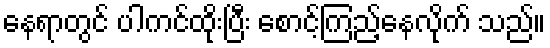
နေရာတွင် ပါကင်ထိုးပြီး စောင့်ကြည့်နေလိုက် သည်။